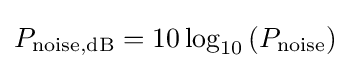
P_{\mathrm {noise,dB} }=10\log _{10}\left(P_{\mathrm {noise} }\right)